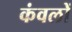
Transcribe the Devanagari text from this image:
कंवलों